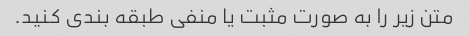
متن زیر را به صورت مثبت یا منفی طبقه بندی کنید.